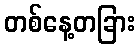
တစ်နေ့တခြား